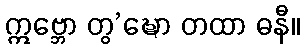
ဣဗ္ဘော တွ’ဍ္ဎော တထာ ဓနီ။